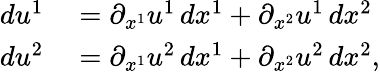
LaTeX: \begin{array}{rl}{du^{1}}&{{}=\partial_{x^{1}}u^{1}\, dx^{1}+\partial_{x^{2}}u^{1}\, dx^{2}}\\ {du^{2}}&{{}=\partial_{x^{1}}u^{2}\, dx^{1}+\partial_{x^{2}}u^{2}\, dx^{2},}\end{array}